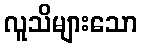
လူသိများသော